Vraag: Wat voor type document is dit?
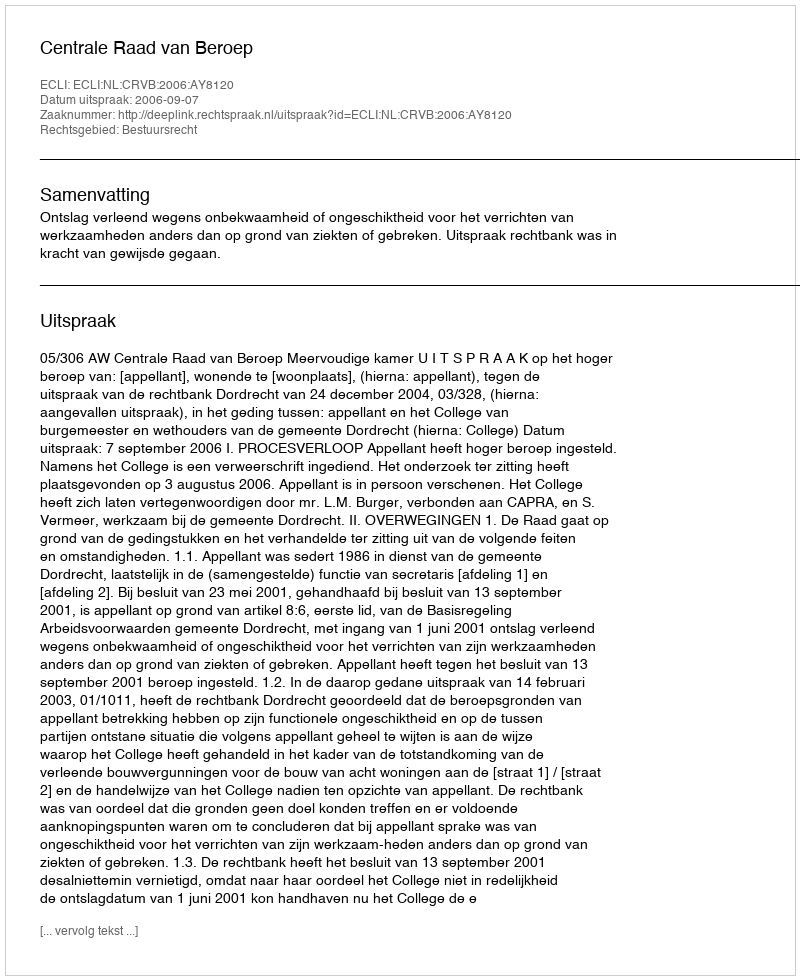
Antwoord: Uitspraak